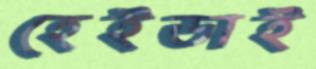
হেইডাই